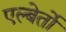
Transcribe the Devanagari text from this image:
एल्बेर्तो